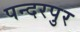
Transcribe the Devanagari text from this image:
पन्दरपुर